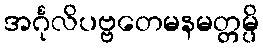
အင်္ဂုလိပဗ္ဗတေမနမတ္တမ္ပိ